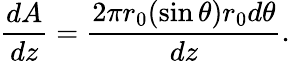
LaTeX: \frac{dA}{dz}=\frac{2\pi r_{0}(\sin\theta)r_{0}d\theta}{dz}.